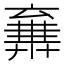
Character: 𠆉